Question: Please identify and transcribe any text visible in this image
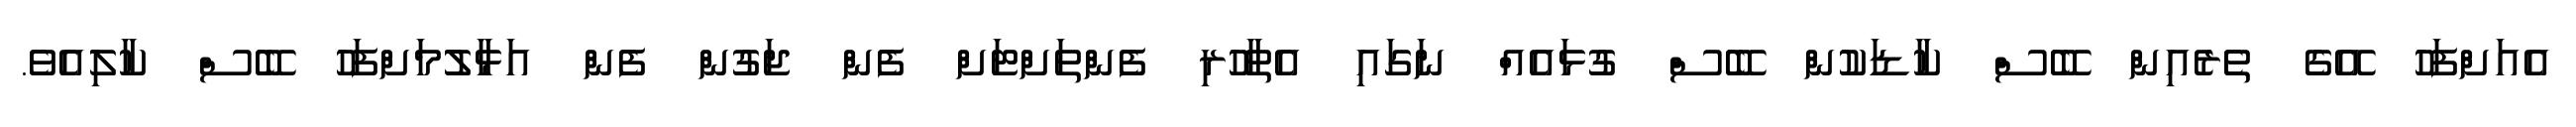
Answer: އެއަށްފަހު އޭގެ ތެރެއިން ބޭސް ކާޑަކުން ބޭސް ގުޅައެއް ނަގައި އެތާހުރި ފެންތަށްޓަށް ފެން ޖަގުން ފެން އަޅާލުމަށްފަހު ބޭސް ކާލިއެވެ.